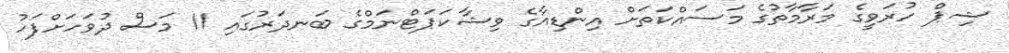
ޝިޕް ހުރަވީގެ މަރާމާތުގެ މަސައްކަތަށް އިންޑިއާގެ ވިޝާކަޕަޓްނަމްގެ ބަނދަރުގައި 11 މަސް ދުވަހަށްފަހު